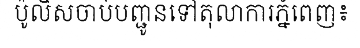
ប៉ូលិសចាប់បញ្ជូនទៅតុលាការភ្នំពេញ៖